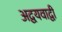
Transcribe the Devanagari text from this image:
अद्वयवाद्वी